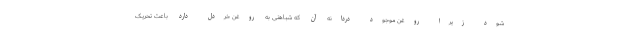
شود زیرا روغن موجود دردانه آن که شباهتی به روغن خردل دارد باعث تحریک